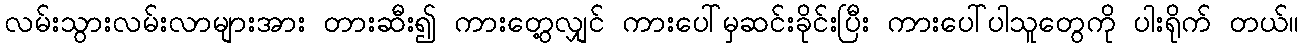
လမ်းသွားလမ်းလာများအား တားဆီး၍ ကားတွေ့လျှင် ကားပေါ်မှဆင်းခိုင်းပြီး ကားပေါ်ပါသူတွေကို ပါးရိုက် တယ်။